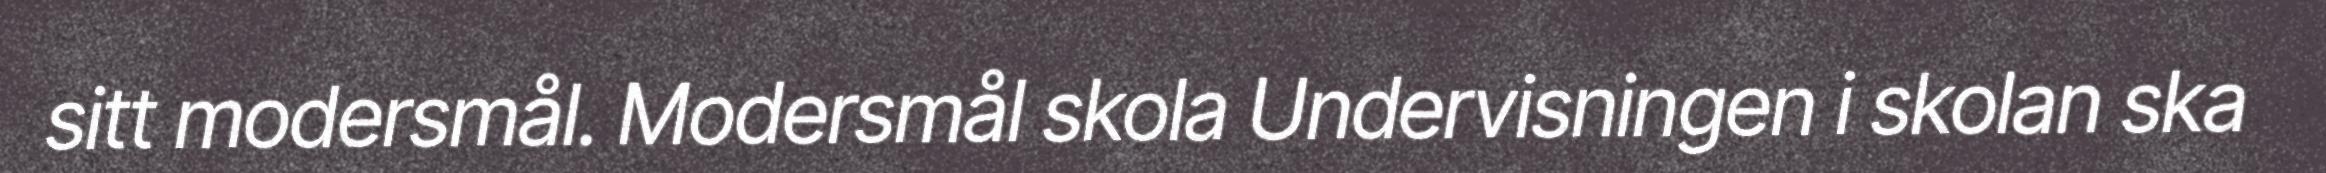
sitt modersmål. Modersmål skola Undervisningen i skolan ska